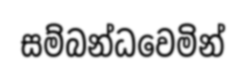
සම්බන්ධවෙමින්